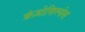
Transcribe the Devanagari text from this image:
फ्रंज़ोसिस्चेस